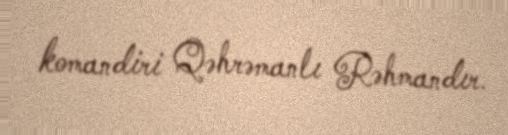
komandiri Qəhrəmanlı Rəhmandır.